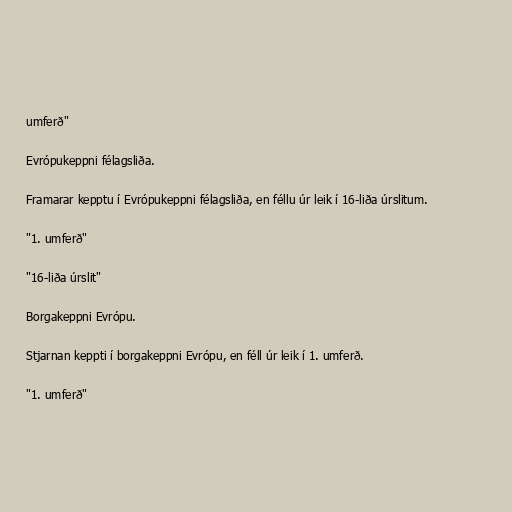
umferð"

Evrópukeppni félagsliða.

Framarar kepptu í Evrópukeppni félagsliða, en féllu úr leik í 16-liða úrslitum.

"1. umferð"

"16-liða úrslit"

Borgakeppni Evrópu.

Stjarnan keppti í borgakeppni Evrópu, en féll úr leik í 1. umferð.

"1. umferð"